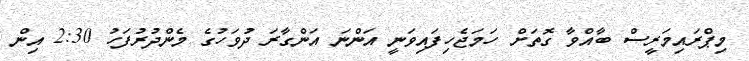
މިޕްރައިމަރީސް ބާއްވާ ގޮތަށް ހަމަޖެހިފައިވަނީ އަންނަ އަންގާރަ ދުވަހުގެ މެންދުރުފަހު 2:30 އިން